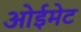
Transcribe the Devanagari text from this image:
ओईमेट